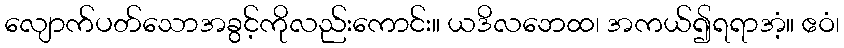
လျောက်ပတ်သောအခွင့်ကိုလည်းကောင်း။ ယဒိလဘေထ၊ အကယ်၍ရရာအံ့။ ဧဝံ၊